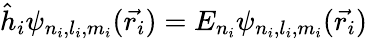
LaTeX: {\hat{h}}_{i}\psi_{n_{i},l_{i},m_{i}}({\vec{r_{i}}})=E_{n_{i}}\psi_{n_{i},l_{i},m_{i}}({\vec{r_{i}}})